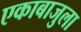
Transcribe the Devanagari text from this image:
एकाबाजुला